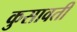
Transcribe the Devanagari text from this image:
कुसावती